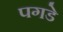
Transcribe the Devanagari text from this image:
पगडे